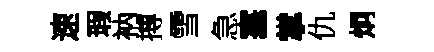
速瑕衲搏雪急塞掌仇炯